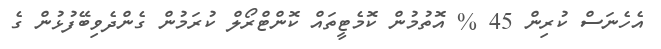
އެހެނަސް ކުރިން 45 % އޮތުމުން ކޮމެޓީތައް ކޮންޓްރޯލް ކުރަމުން ގެންދެވިބޭފުޅުން ގެ